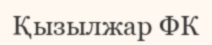
Қызылжар ФК